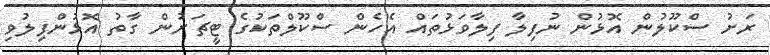
ރަށު ސްކޫލުން އޮޅުން ނުފިލާ ފިލާވަޅުތައް އެހެން ސްކޫލްތަކުގެ ޓީޗަރުން ގާތު އޮޅުންފިލުވި